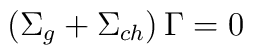
\left( \Sigma _g+\Sigma _{ch}\right) \Gamma =0